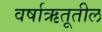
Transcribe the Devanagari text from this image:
वर्षाऋतूतील